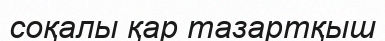
соқалы қар тазартқыш